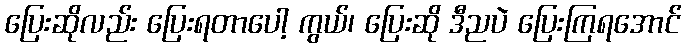
ပြေးဆိုလည်း ပြေးရတာပေါ့ ကွယ်၊ ပြေးဆို ဒီညပဲ ပြေးကြရအောင်